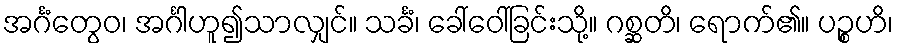
အင်္ဂံတွေဝ၊ အင်္ဂါဟူ၍သာလျှင်။ သင်္ခံ၊ ခေါ်ဝေါ်ခြင်းသို့။ ဂစ္ဆတိ၊ ရောက်၏။ ပဉ္စဟိ၊